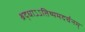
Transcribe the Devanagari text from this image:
श्रद्धाऽऽतिथ्यमदर्चनम्